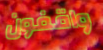
واقفون